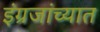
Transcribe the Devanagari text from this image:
इंग्रजांच्यात